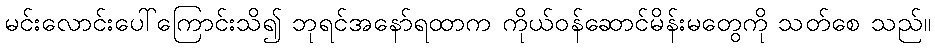
မင်းလောင်းပေါ်ကြောင်းသိ၍ ဘုရင်အနော်ရထာက ကိုယ်ဝန်ဆောင်မိန်းမတွေကို သတ်စေ သည်။